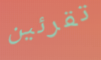
تقرئين